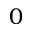
0